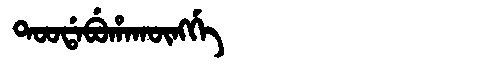
Manchu: ᡨᠣᠣᡩᠠᠪᡠᡥᠠᡴᡡᠩᡤᡝ
Romanization: TOODABUHAKŪNGGE